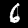
Digit: 6